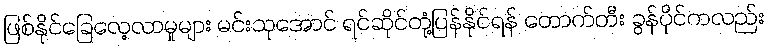
ဖြစ်နိုင်ခြေလေ့လာမှုများ မင်းသုအောင် ရင်ဆိုင်တုံ့ပြန်နိုင်ရန် တောက်တီး ခွန်ပိုင်ကလည်း